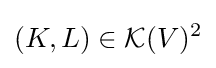
(K,L)\in {\mathcal {K}}(V)^{2}